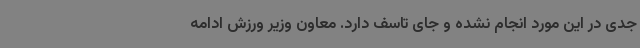
جدی در این مورد انجام نشده و جای تاسف دارد. معاون وزیر ورزش ادامه